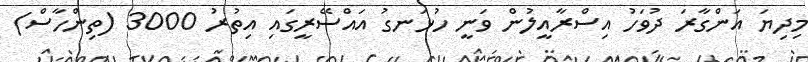
މިދިޔަ އަންގާރަ ދުވަހު އިސްރާއީލުން ވަނީ ހުޅަނގު އައްސޭރީގައި އިތުރު 3000 (ތިންހާސް)